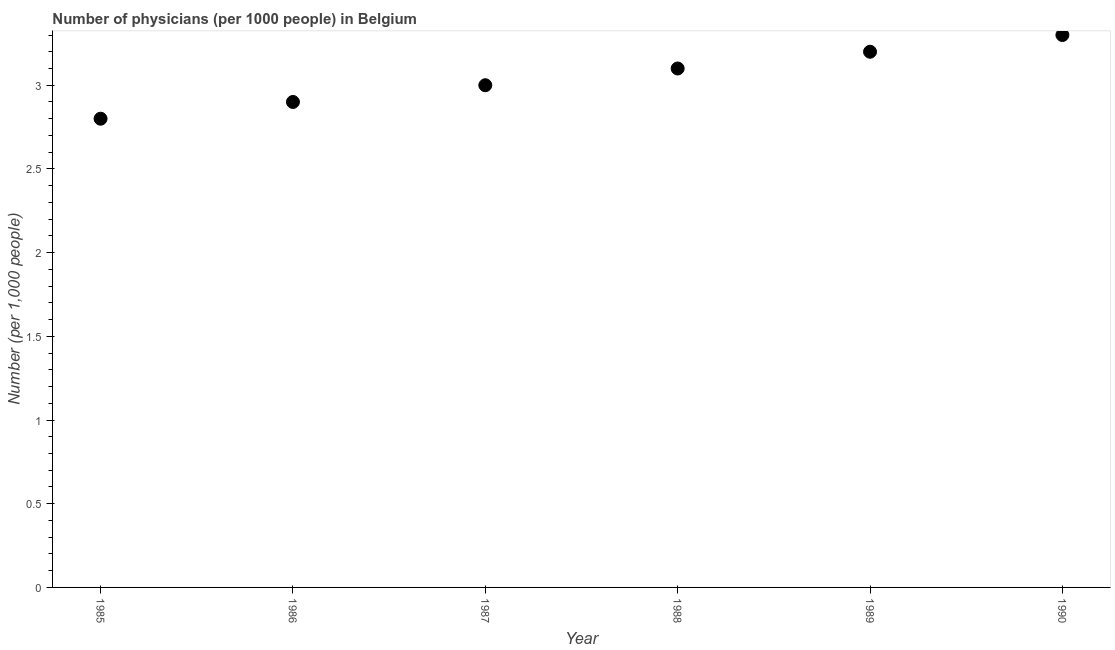
| Year | Physicians |
 | --- | --- |
 | 1985 | 2.8 |
 | 1986 | 2.9 |
 | 1987 | 3 |
 | 1988 | 3.1 |
 | 1989 | 3.2 |
 | 1990 | 3.3 |